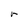
Character: r